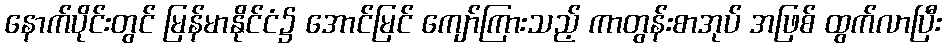
နောက်ပိုင်းတွင် မြန်မာနိုင်ငံ၌ အောင်မြင် ကျော်ကြားသည့် ကာတွန်းစာအုပ် အဖြစ် ထွက်လာပြီး